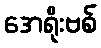
အေရိုးဗစ်